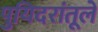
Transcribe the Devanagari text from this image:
पुयिदरांतूले